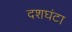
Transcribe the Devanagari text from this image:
दशघंटा